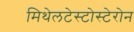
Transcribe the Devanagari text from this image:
मिथेलटेस्टोस्टेरोन